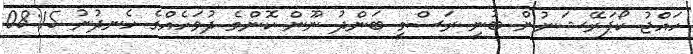
ހައްޖު ކޯޕަރޭޝަނުން ބުނީ ރަސްމީ ބަންދު ނޫން ކޮންމެ ދުވަހެއްގެ ހެނދުނު 08:15